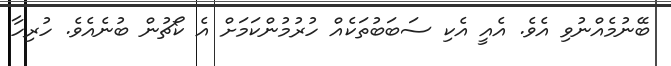
ބޭނުމެއްނުވި އެވެ. އެއީ އެކި ސަބަބުތަކެއް ހުރުމުންކަމަށް އެ ކޯޗުން ބުނެއެވެ. ހުރިހާ